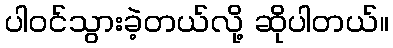
ပါဝင်သွားခဲ့တယ်လို့ ဆိုပါတယ်။